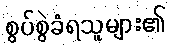
စွပ်စွဲခံရသူများ၏